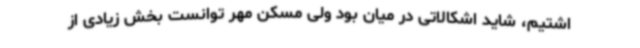
اشتیم، شاید اشکالاتی در میان بود ولی مسکن مهر توانست بخش زیادی از